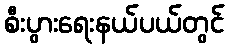
စီးပွားရေးနယ်ပယ်တွင်